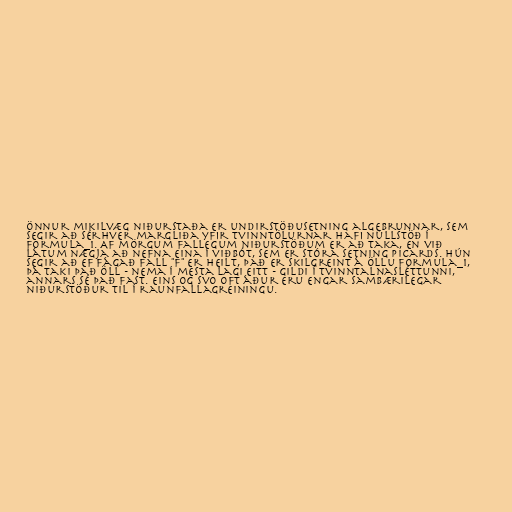
Önnur mikilvæg niðurstaða er undirstöðusetning algebrunnar, sem
segir að sérhver margliða yfir tvinntölurnar hafi núllstöð í
formula_1. Af mörgum fallegum niðurstöðum er að taka, en við
látum nægja að nefna eina í viðbót, sem er stóra setning Picards. Hún
segir að ef fágað fall "f" er heilt, það er skilgreint á öllu formula_1,
þá taki það öll - nema í mesta lagi eitt - gildi í tvinntalnasléttunni,
annars sé það fast. Eins og svo oft áður eru engar sambærilegar
niðurstöður til í raunfallagreiningu.